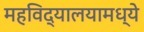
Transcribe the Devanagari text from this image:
महविद्यालयामध्ये